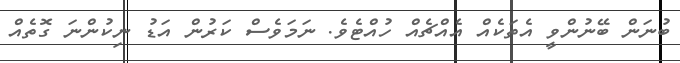
ބުނަން ބޭނުންވީ އެތަކެއް އެއްޗެއް ހުއްޓެވެ. ނަމަވެސް ކަރުން އަޑު ނިކުންނަ ގޮތެއް